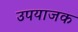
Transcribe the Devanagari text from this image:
उपयाजक